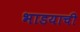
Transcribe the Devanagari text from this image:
भाडयाची